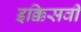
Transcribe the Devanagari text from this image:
इक्किसवीं